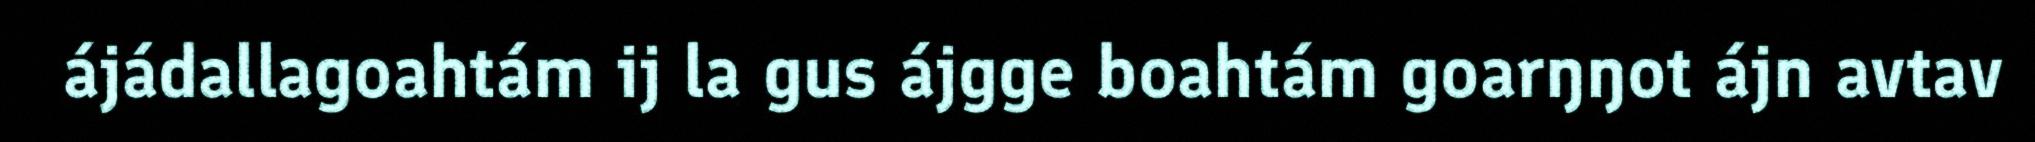
ájádallagoahtám ij la gus ájgge boahtám goarŋŋot ájn avtav